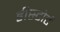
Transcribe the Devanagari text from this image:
डीस्टोर्ट